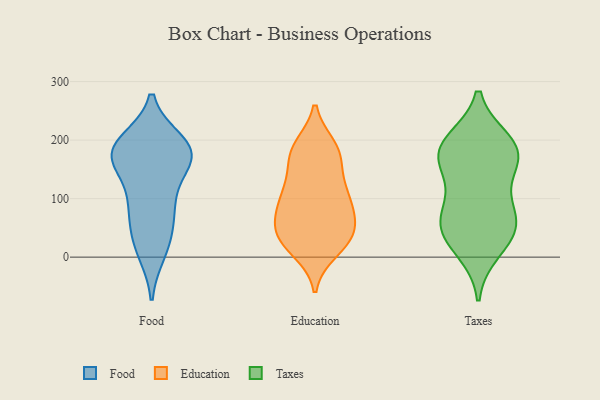
{"axis": {"x": "Tickets Resolved", "y": "Value"}, "legend": ["Education", "Food", "Taxes"], "data": [{"x": "", "y": 174, "type": "Food"}, {"x": "", "y": 10, "type": "Food"}, {"x": "", "y": 182, "type": "Food"}, {"x": "", "y": 162, "type": "Food"}, {"x": "", "y": 43, "type": "Food"}, {"x": "", "y": 179, "type": "Food"}, {"x": "", "y": 179, "type": "Food"}, {"x": "", "y": 195, "type": "Food"}, {"x": "", "y": 22, "type": "Food"}, {"x": "", "y": 96, "type": "Food"}, {"x": "", "y": 85, "type": "Food"}, {"x": "", "y": 184, "type": "Food"}, {"x": "", "y": 170, "type": "Food"}, {"x": "", "y": 91, "type": "Food"}, {"x": "", "y": 181, "type": "Education"}, {"x": "", "y": 72, "type": "Education"}, {"x": "", "y": 61, "type": "Education"}, {"x": "", "y": 98, "type": "Education"}, {"x": "", "y": 19, "type": "Education"}, {"x": "", "y": 130, "type": "Education"}, {"x": "", "y": 36, "type": "Education"}, {"x": "", "y": 183, "type": "Education"}, {"x": "", "y": 39, "type": "Education"}, {"x": "", "y": 189, "type": "Education"}, {"x": "", "y": 165, "type": "Education"}, {"x": "", "y": 56, "type": "Education"}, {"x": "", "y": 84, "type": "Education"}, {"x": "", "y": 117, "type": "Education"}, {"x": "", "y": 11, "type": "Education"}, {"x": "", "y": 96, "type": "Education"}, {"x": "", "y": 181, "type": "Education"}, {"x": "", "y": 114, "type": "Education"}, {"x": "", "y": 36, "type": "Education"}, {"x": "", "y": 25, "type": "Education"}, {"x": "", "y": 34, "type": "Taxes"}, {"x": "", "y": 112, "type": "Taxes"}, {"x": "", "y": 162, "type": "Taxes"}, {"x": "", "y": 194, "type": "Taxes"}, {"x": "", "y": 12, "type": "Taxes"}, {"x": "", "y": 49, "type": "Taxes"}, {"x": "", "y": 178, "type": "Taxes"}, {"x": "", "y": 171, "type": "Taxes"}, {"x": "", "y": 197, "type": "Taxes"}, {"x": "", "y": 176, "type": "Taxes"}, {"x": "", "y": 63, "type": "Taxes"}, {"x": "", "y": 57, "type": "Taxes"}, {"x": "", "y": 76, "type": "Taxes"}]}